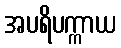
အပရိပက္ကာယ